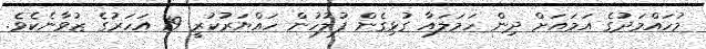
މުހައްމަދުގެ އަމައަށް ދިން ހަމަލައާ ގުޅިގެން ފުލުހުން ހައްޔަރުކުރީ 19 އަހަރުގެ ޒުވާނެކެވެ.